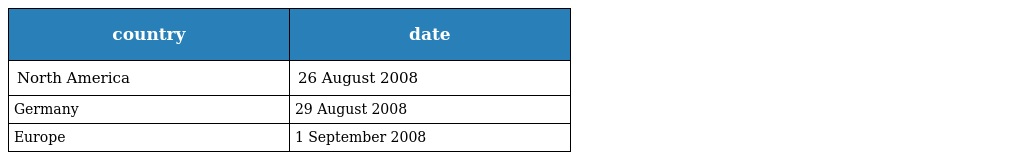
| country | date |
 | --- | --- |
 | North America | 26 August 2008 |
 | Germany | 29 August 2008 |
 | Europe | 1 September 2008 |